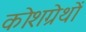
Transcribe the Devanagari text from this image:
कोशग्रेथों